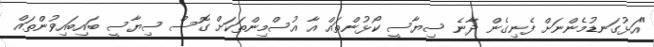
"އަޅުގަނޑުމެންނަށް ފެނިގެން ދާނެ ސިޔާސީ ކޯޅުންތައް އާ އުސްމިންތަކަށް ގޮސް ސިޔާސީ ބައިބައިވުންތައް